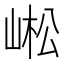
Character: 㟣